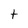
Character: t